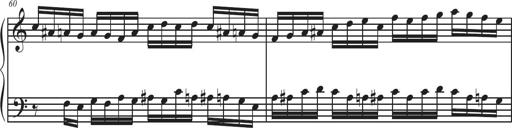
Title: Sonatina Espania
Composer: Jerald Franklin Archer
Key: Various